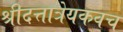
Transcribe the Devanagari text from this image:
श्रीदत्तात्रेयकवच